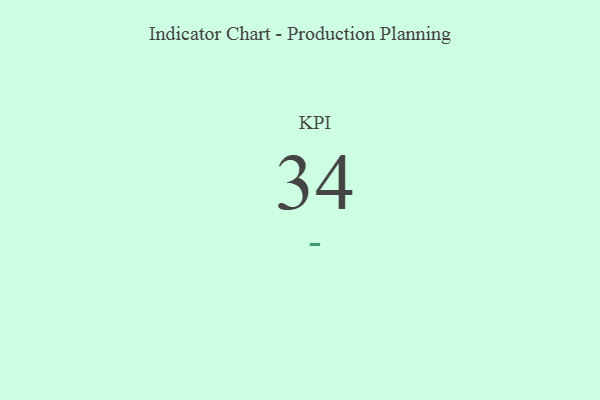
{"axis": {"x": "KPI", "y": "Value"}, "legend": [""], "data": [{"x": "KPI", "y": 34, "type": ""}]}